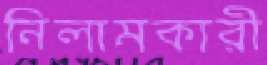
নিলামকারী